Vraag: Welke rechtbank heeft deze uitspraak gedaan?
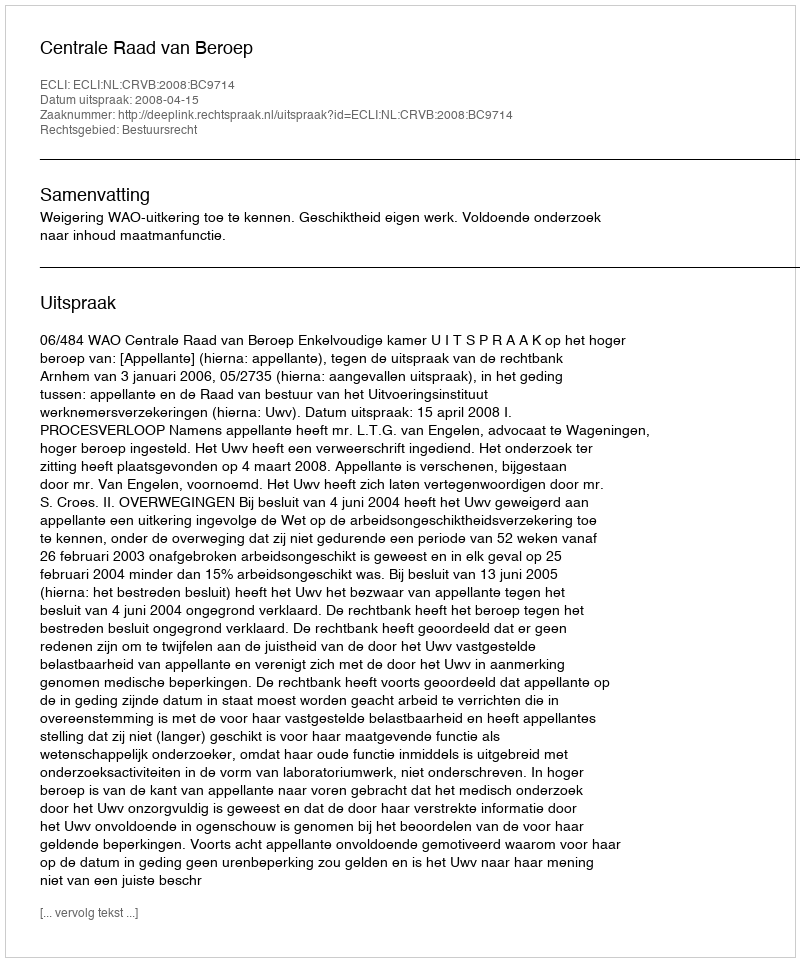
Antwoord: Centrale Raad van Beroep